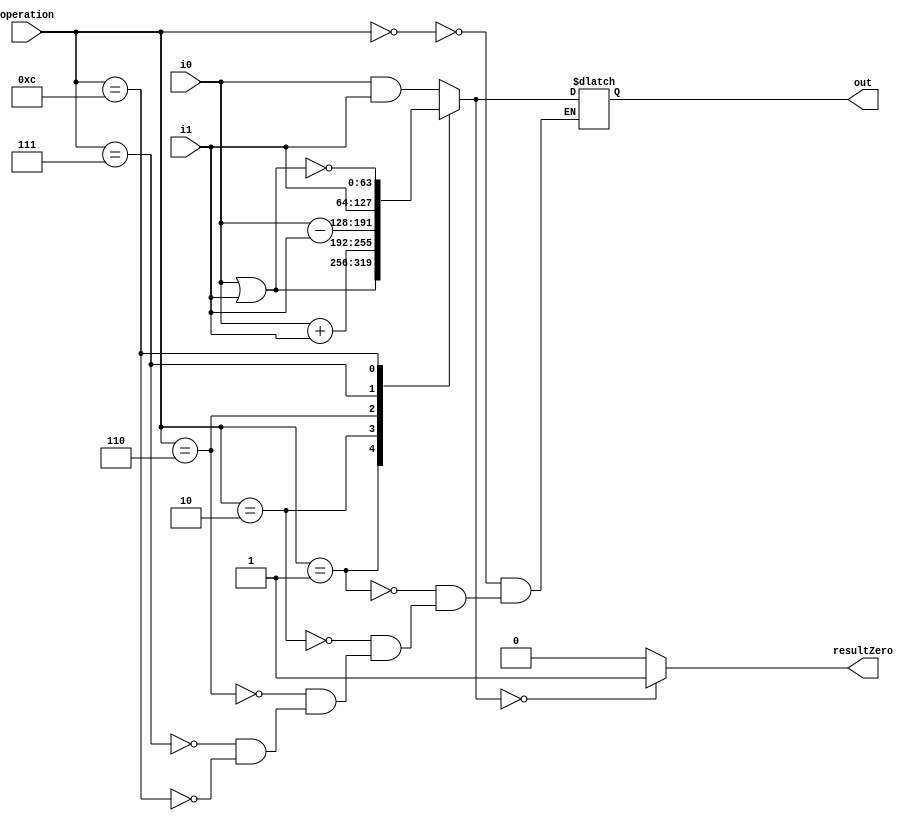
module ALU(
	input [3:0] operation,
	input [63:0] i0,
	input [63:0] i1,
	output reg [63:0] out,
	output reg resultZero
);

	always
	begin
		#10;
		case(operation)
			4'b0000: out = i0&i1; // AND
			4'b0001: out = i0|i1; // OR
			4'b0010: out = i0+i1; // ADD
			4'b0110: out = i0-i1; // SUBTRACT
			4'b0111: out = i1; // PASS INPUT B
			4'b1100: out = ~(i0|i1); // NOR
		endcase
		if(out == 64'b0)
			resultZero = 1;
		else
			resultZero = 0;
	end

endmodule